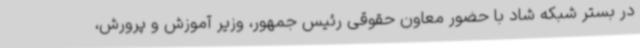
در بستر شبکه شاد با حضور معاون حقوقی رئیس جمهور، وزیر آموزش و پرورش،